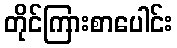
တိုင်ကြားစာပေါင်း